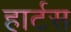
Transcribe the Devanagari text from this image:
हार्टस